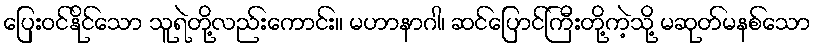
ပြေးဝင်နိုင်သော သူရဲတို့လည်းကောင်း။ မဟာနာဂါ၊ ဆင်ပြောင်ကြီးတို့ကဲ့သို့ မဆုတ်မနစ်သော